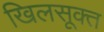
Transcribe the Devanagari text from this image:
खिलसूक्त